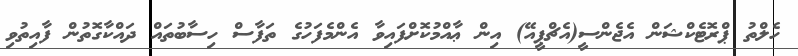
ހެލްތު ޕްރޮޓެކްޝަން އެޖެންސީ(އެޗްޕީއޭ) އިން ޢާއްމުކޮށްފައިވާ އެންމެފަހުގެ ތަފާސް ހިސާބުތައް ދައްކާގޮތުން ފާއިތުވި